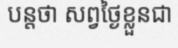
បន្តថា សព្វថ្ងៃខ្លួនជា